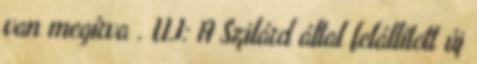
van megírva . U.I: A Szilárd által felállított új